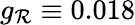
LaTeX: g_{\mathcal{R}}\equiv0.018